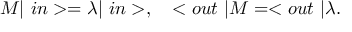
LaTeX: M | \ i n > = \lambda | \ i n > , \quad < o u t \ | M = < o u t \ | \lambda .